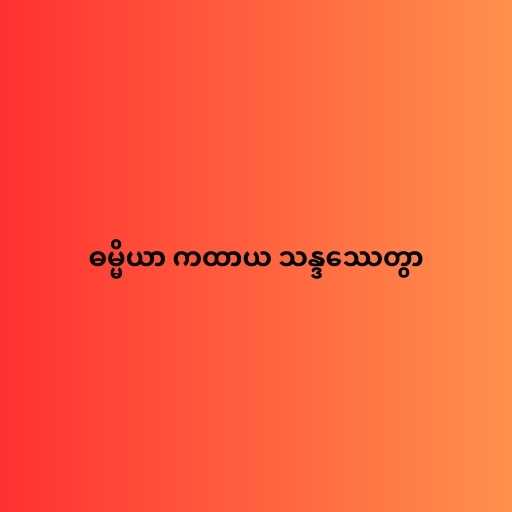
ဓမ္မိယာ ကထာယ သန္ဒဿေတွာ